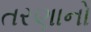
તરણાનો